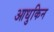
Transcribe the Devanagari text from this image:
आधुकिन